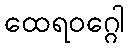
ထေရဝဂ္ဂေါ